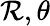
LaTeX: \mathcal{R},\theta